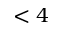
< 4